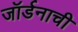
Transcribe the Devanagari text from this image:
जॉर्डनाची